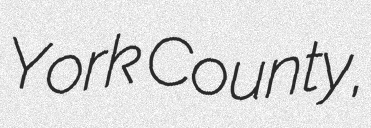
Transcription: York County,